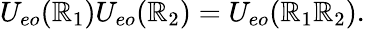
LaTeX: U_{eo}(\mathbb{R}_{1})U_{eo}(\mathbb{R}_{2})=U_{eo}(\mathbb{R}_{1}\mathbb{R}_{2}).